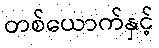
တစ်ယောက်နှင့်